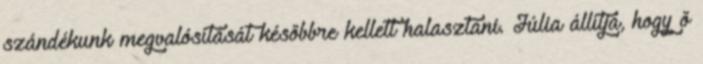
szándékunk megvalósítását késõbbre kellett halasztani. Júlia állítja, hogy õ